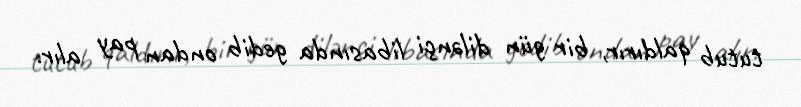
tutub qaldırır, bir gün dilənçi libasında gedib ondan pay alır.